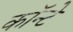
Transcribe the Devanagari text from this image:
कॉन्टे